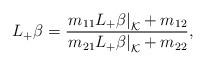
LaTeX: \begin{align*} L_+\beta=\frac{\left.m_{11}L_+\beta\right|_\mathcal{K}+m_{12}}{\left.m_{21}L_+\beta\right|_\mathcal{K}+m_{22}},\end{align*}